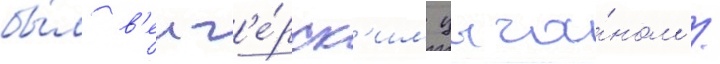
бы́л в'енг'е́рск'им цыга́ном /